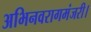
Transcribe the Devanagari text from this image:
अभिनवरागमंजरी।